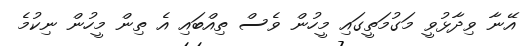
އޭނާ ވިދާޅުވީ މަގުމަތީގައި މީހުން ވެސް ތިއްބައި އެ ތިން މީހުން ނިކުމެ